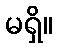
မရှိ။